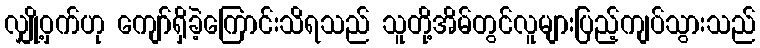
လျှို့ဝှက်ဟု ကျော်ရှိခဲ့ကြောင်းသိရသည် သူတို့အိမ်တွင်လူများပြည့်ကျပ်သွားသည်